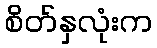
စိတ်နှလုံးက